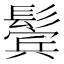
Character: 鬓